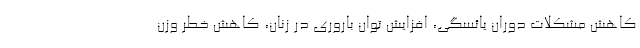
کاهش مشکلات دوران یائسگی، افزایش توان باروری در زنان، کاهش خطر وزن